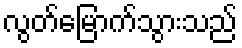
လွတ်မြောက်သွားသည်